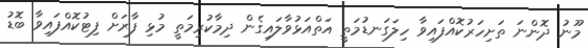
މޫނު ދޮންނަ ތަށިހަރުކޮއްފައިވާ ހިލަގަނޑުމަތީ އަތްއަޅުވާލައިގެން ދިމާކުރިމަތީ މުޅި ފާރަށް ފިޓުކޮއްފައިވާ ބޮޑު